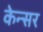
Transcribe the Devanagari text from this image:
केन्सर